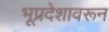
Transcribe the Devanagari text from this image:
भूप्रदेशावरून